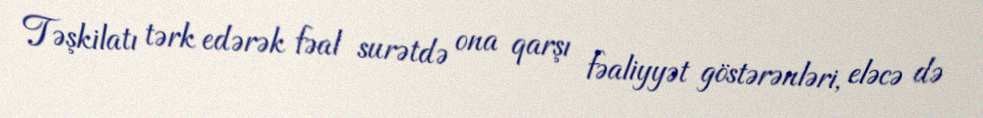
Təşkilatı tərk edərək fəal surətdə ona qarşı fəaliyyət göstərənləri, eləcə də